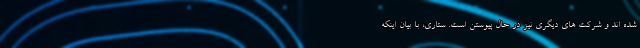
شده اند و شرکت های دیگری نیز در حال پیوستن است. ستاری، با بیان اینکه